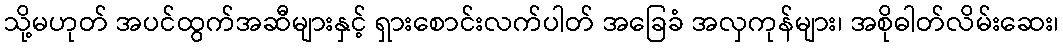
သို့မဟုတ် အပင်ထွက်အဆီများနှင့် ရှားစောင်းလက်ပါတ် အခြေခံ အလှကုန်များ၊ အစိုဓါတ်လိမ်းဆေး၊